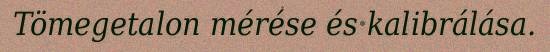
Tömegetalon mérése és kalibrálása.